Madras plague regulations and rules - Volume 2
Disease focus: Plague
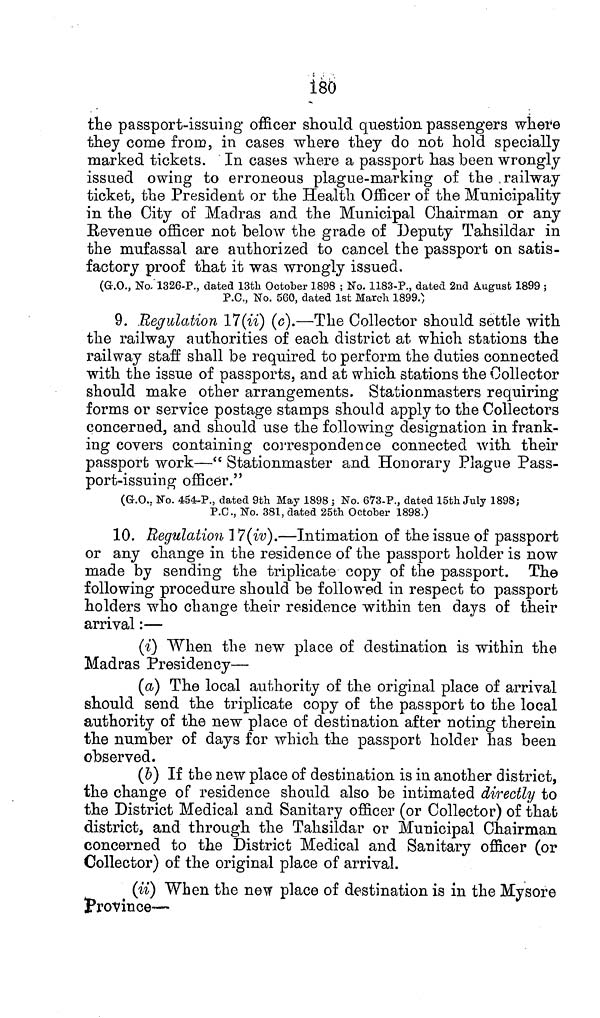
180
the passport-issuing officer should question passengers where
they come from, in cases where they do not hold specially
marked tickets. In cases where a passport has been wrongly
issued owing to erroneous plague-marking of the railway
ticket, the President or the Health Officer of the Municipality
in the City of Madras and the Municipal Chairman or any
Revenue officer not below the grade of Deputy Tahsildar in
the mufassal are authorized to cancel the passport on satis-
factory proof that it was wrongly issued,
(G.O., No. 1326-P., dated 13th October 1898 ; No. 1183-P., dated 2nd August 1899 ;
P.C., No. 560, dated 1st March 1899.)
9. Regulation 17(ii) (c).—The Collector should settle with
the railway authorities of each district at which stations the
railway staff shall be required to perform the duties connected
with the issue of passports, and at which stations the Collector
should make other arrangements. Stationmasters requiring
forms or service postage stamps should apply to the Collectors
concerned, and should use the following designation in frank-
ing covers containing correspondence connected with their
passport work—"Stationmaster and Honorary Plague Pass-
port-issuing officer."
(G.O.. No. 454-P., dated 9th May 1898 5 No. 673-P., dated 15th July 1898;
P.C., No. 381, dated 25th October 1898.)
10. Regulation 17(iv).—Intimation of the issue of passport
or any change in the residence of the passport holder is now
made by sending the triplicate copy of the passport. The
following procedure should be followed in respect to passport
holders who change their residence within ten days of their
arrival:—
(i) When the new place of destination is within the
Madras Presidency—
(a) The local authority of the original place of arrival
should send the triplicate copy of the passport to the local
authority of the new place of destination after noting therein
the number of days for which the passport holder has been
observed.
(b) If the new place of destination is in another district,
the change of residence should also be intimated directly to
the District Medical and Sanitary officer (or Collector) of that
district, and through the Tahsildar or Municipal Chairman
concerned to the District Medical and Sanitary officer (or
Collector) of the original place of arrival.
(ii) When the new place of destination is in the Mysore
Province—